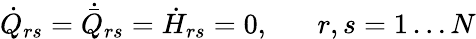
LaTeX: \dot{Q}_{rs}=\dot{\bar{Q}}_{rs}=\dot{H}_{rs}=0,\; \; \; \; \; \; r,s=1\ldots N